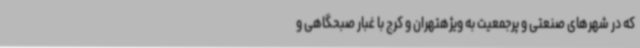
که در شهرهای صنعتی و پرجمعیت به ویژهتهران و کرج با غبار صبحگاهی و